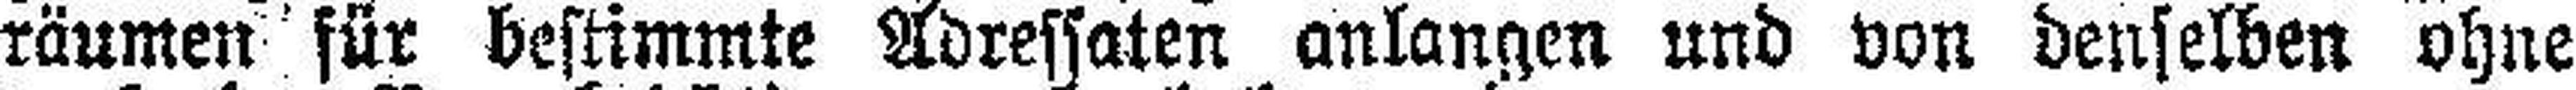
räumen für bestimmte Adressaten anlangen und von denselben ohne